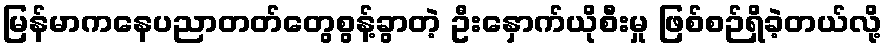
မြန်မာကနေပညာတတ်တွေစွန့်ခွာတဲ့ ဦးနှောက်ယိုစီးမှု ဖြစ်စဉ်ရှိခဲ့တယ်လို့